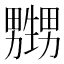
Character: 𱰛